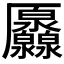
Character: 𠫐